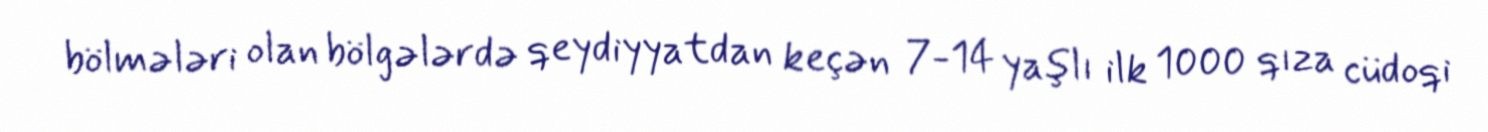
bölmələri olan bölgələrdə qeydiyyatdan keçən 7-14 yaşlı ilk 1000 qıza cüdoqi